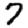
Digit: 7